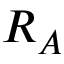
R _ { A }